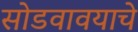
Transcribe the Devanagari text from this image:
सोडवावयाचे